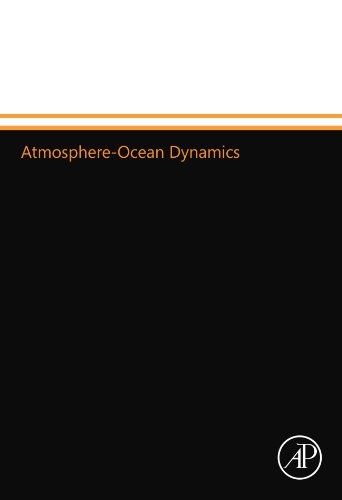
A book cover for Atmosphere-Ocean Dynamics (International Geophysics Series, Volume 30); Adrian E. Gill; Science & Math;